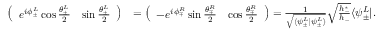
\begin{array} { r l } { \left( \begin{array} { l l } { e ^ { i \phi _ { \pm } ^ { L } } \cos \frac { \theta _ { \pm } ^ { L } } { 2 } } & { \sin \frac { \theta _ { \pm } ^ { L } } { 2 } } \end{array} \right) } & { = \left( \begin{array} { l l } { - e ^ { i \phi _ { \mp } ^ { R } } \sin \frac { \theta _ { \mp } ^ { R } } { 2 } } & { \cos \frac { \theta _ { \mp } ^ { R } } { 2 } } \end{array} \right) = \frac { 1 } { \sqrt { \langle \psi _ { \pm } ^ { L } | \psi _ { \pm } ^ { L } \rangle } } \sqrt { \frac { h _ { - } ^ { * } } { h _ { - } } } \langle \psi _ { \pm } ^ { L } | . } \end{array}